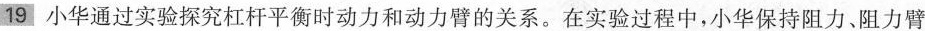
19 小华通过实验探究杠杆平衡时动力和动力臂的关系。在实验过程中，小华保持阻力、阻力臂